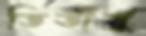
তিতীর্ষু